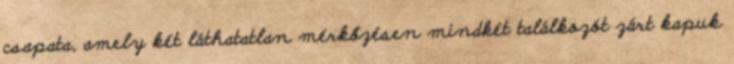
csapata, amely két láthatatlan mérkőzésen mindkét találkozót zárt kapuk